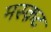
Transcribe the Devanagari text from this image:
मस्क़ट